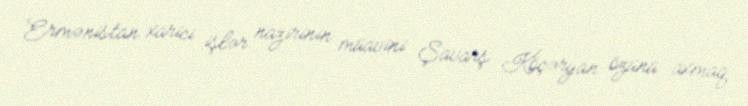
Ermənistan xarici işlər nazirinin müavini Şavarş Köçəryan özünü axmaq